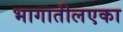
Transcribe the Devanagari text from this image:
भागातीलएका